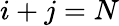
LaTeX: i+j=N